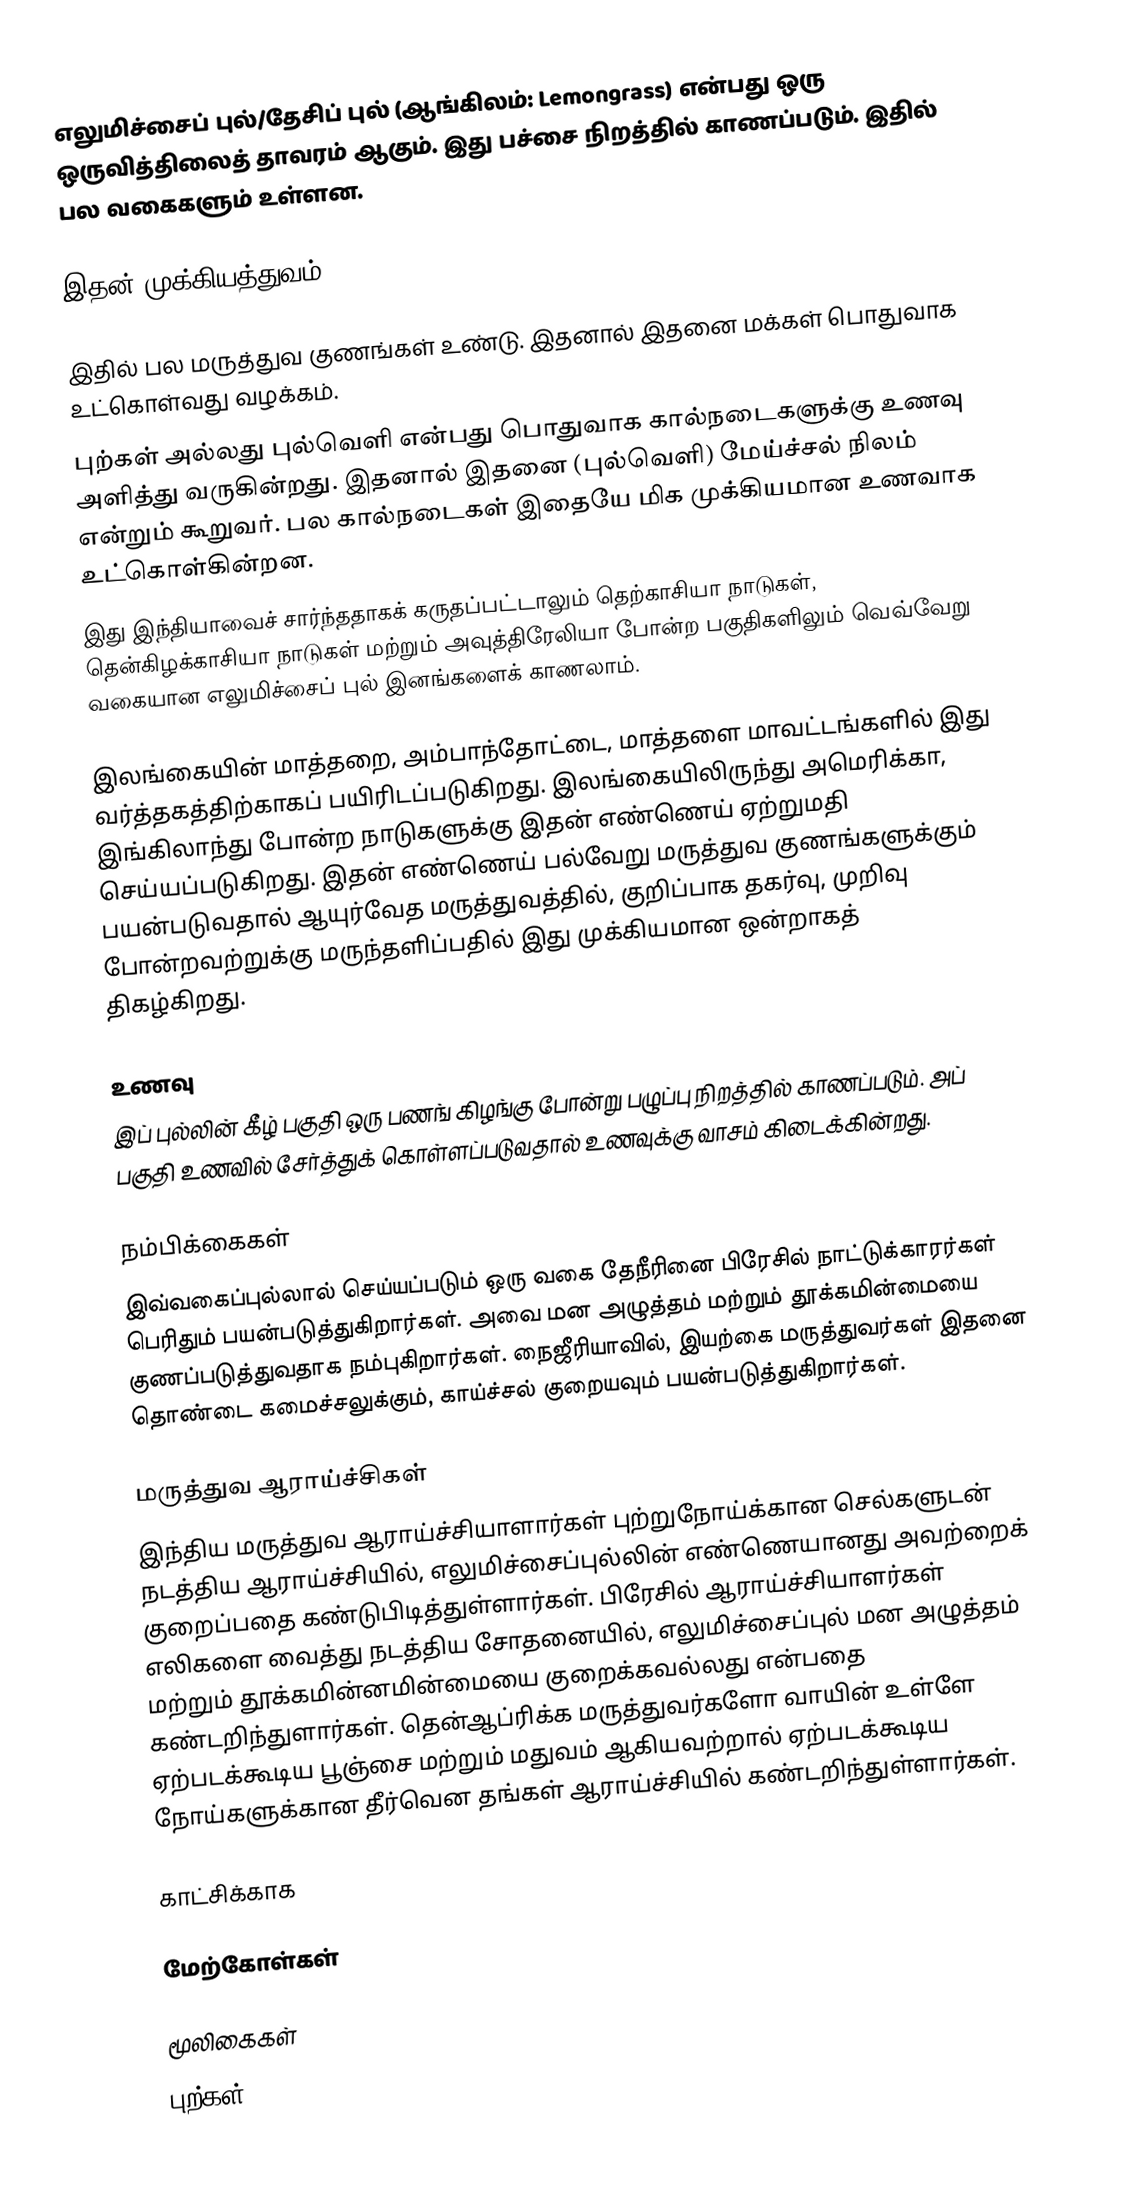
எலுமிச்சைப் புல்/தேசிப் புல் (ஆங்கிலம்: Lemongrass) என்பது ஒரு ஒருவித்திலைத் தாவரம் ஆகும். இது பச்சை நிறத்தில் காணப்படும். இதில் பல வகைகளும் உள்ளன.

இதன் முக்கியத்துவம்

இதில் பல மருத்துவ குணங்கள் உண்டு. இதனால் இதனை மக்கள் பொதுவாக உட்கொள்வது வழக்கம்.
புற்கள் அல்லது புல்வெளி என்பது பொதுவாக கால்நடைகளுக்கு உணவு அளித்து வருகின்றது. இதனால் இதனை (புல்வெளி) மேய்ச்சல் நிலம் என்றும் கூறுவர். பல கால்நடைகள் இதையே மிக முக்கியமான உணவாக உட்கொள்கின்றன.
இது இந்தியாவைச் சார்ந்ததாகக் கருதப்பட்டாலும் தெற்காசியா நாடுகள், தென்கிழக்காசியா நாடுகள் மற்றும் அவுத்திரேலியா போன்ற பகுதிகளிலும் வெவ்வேறு வகையான எலுமிச்சைப் புல் இனங்களைக் காணலாம்.

இலங்கையின் மாத்தறை, அம்பாந்தோட்டை, மாத்தளை மாவட்டங்களில் இது வர்த்தகத்திற்காகப் பயிரிடப்படுகிறது. இலங்கையிலிருந்து அமெரிக்கா, இங்கிலாந்து போன்ற நாடுகளுக்கு இதன் எண்ணெய் ஏற்றுமதி செய்யப்படுகிறது. இதன் எண்ணெய் பல்வேறு மருத்துவ குணங்களுக்கும் பயன்படுவதால் ஆயுர்வேத மருத்துவத்தில், குறிப்பாக தகர்வு, முறிவு போன்றவற்றுக்கு மருந்தளிப்பதில் இது முக்கியமான ஒன்றாகத் திகழ்கிறது.

உணவு
இப் புல்லின் கீழ் பகுதி ஒரு பணங் கிழங்கு போன்று பழுப்பு நிறத்தில் காணப்படும். அப் பகுதி உணவில் சேர்த்துக் கொள்ளப்படுவதால் உணவுக்கு வாசம் கிடைக்கின்றது.

நம்பிக்கைகள்
இவ்வகைப்புல்லால் செய்யப்படும் ஒரு வகை தேநீரினை பிரேசில் நாட்டுக்காரர்கள் பெரிதும் பயன்படுத்துகிறார்கள். அவை மன அழுத்தம் மற்றும் தூக்கமின்மையை குணப்படுத்துவதாக நம்புகிறார்கள். நைஜீரியாவில், இயற்கை மருத்துவர்கள் இதனை தொண்டை கமைச்சலுக்கும், காய்ச்சல் குறையவும் பயன்படுத்துகிறார்கள்.

மருத்துவ ஆராய்ச்சிகள்
இந்திய மருத்துவ ஆராய்ச்சியாளார்கள் புற்றுநோய்க்கான செல்களுடன் நடத்திய ஆராய்ச்சியில், எலுமிச்சைப்புல்லின் எண்ணெயானது அவற்றைக் குறைப்பதை கண்டுபிடித்துள்ளார்கள். பிரேசில் ஆராய்ச்சியாளர்கள் எலிகளை வைத்து நடத்திய சோதனையில், எலுமிச்சைப்புல் மன அழுத்தம் மற்றும் தூக்கமின்னமின்மையை குறைக்கவல்லது என்பதை கண்டறிந்துளார்கள். தென்ஆப்ரிக்க மருத்துவர்களோ வாயின் உள்ளே ஏற்படக்கூடிய பூஞ்சை மற்றும் மதுவம் ஆகியவற்றால் ஏற்படக்கூடிய நோய்களுக்கான தீர்வென தங்கள் ஆராய்ச்சியில் கண்டறிந்துள்ளார்கள்.

காட்சிக்காக

மேற்கோள்கள்

மூலிகைகள்
புற்கள்